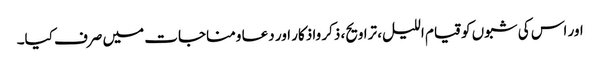
اور اس کی شبوں کو قیام اللیل، تراویح، ذکر واذکار اور دعا ومناجات میں صرف کیا۔